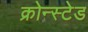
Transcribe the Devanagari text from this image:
क्रोन्स्टेड